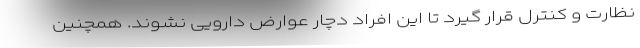
نظارت و کنترل قرار گیرد تا این افراد دچار عوارض دارویی نشوند. همچنین